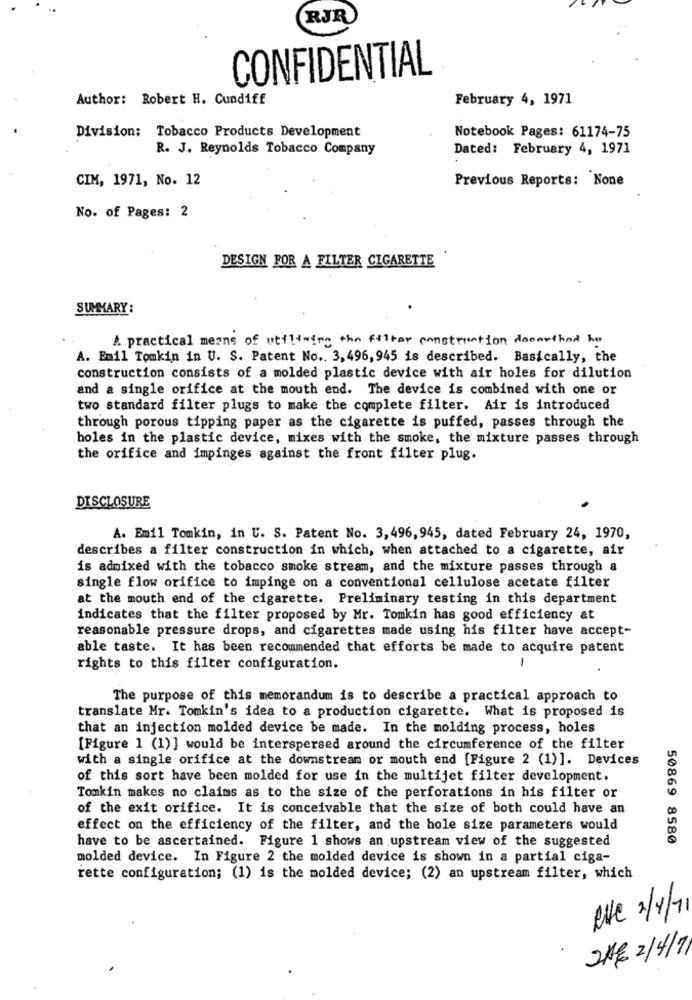
RJR
CONFIDENTIAL
Author: Robert H. Cundiff
February 4, 1971
Division: Tobacco Products Development
Notebook Pages: 61174-75
R. J. Reynolds Tobacco Company
Dated: February 4, 1971
CIM, 1971, No. 12
Previous Reports: None
No. of Pages: 2
DESIGN FOR A FILTER CIGARETTE
SUMMARY:
A practical means of utilising the filter construction deemethod he
A. Emil Tomkin in U. S. Patent No ., 3, 496, 945 is described. Basically, the
construction consists of a molded plastic device with air holes for dilution
and a single orifice at the mouth end. The device is combined with one or
two standard filter plugs to make the complete filter. Air is introduced
through porous tipping paper as the cigarette is puffed, passes through the
holes in the plastic device, mixes with the smoke, the mixture passes through
the orifice and impinges against the front filter plug.
DISCLOSURE
A. Emil Tomkin, in U. S. Patent No. 3, 496, 945, dated February 24, 1970,
describes a filter construction in which, when attached to a cigarette, air
is admixed with the tobacco smoke stream, and the mixture passes through a
single flow orifice to impinge on a conventional cellulose acetate filter
at the mouth end of the cigarette. Preliminary testing in this department
indicates that the filter proposed by Mr. Tomkin has good efficiency at
reasonable pressure drops, and cigarettes made using his filter have accept-
able taste. It has been recommended that efforts be made to acquire patent
-
rights to this filter configuration.
The purpose of this memorandum is to describe a practical approach to
translate Mr. Tomkin's idea to a production cigarette. What is proposed is
that an injection molded device be made. In the molding process, holes
[Figure 1 (1)] would be interspersed around the circumference of the filter
with a single orifice at the downstream or mouth end [Figure 2 (1)]. Devices
of this sort have been molded for use in the multijet filter development.
Tomkin makes no claims as to the size of the perforations in his filter or
of the exit orifice. It is conceivable that the size of both could have an
effect on the efficiency of the filter, and the hole size parameters would
have to be ascertained. Figure 1 shows an upstream view of the suggested
50869 8580
molded device. In Figure 2 the molded device is shown in a partial ciga-
rette configuration; (1) is the molded device; (2) an upstream filter, which
Rue 2/4/71
2HE 2/4/7